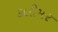
કલીમર